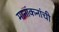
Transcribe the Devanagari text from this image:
मानांकनांची